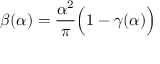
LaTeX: \beta ( \alpha ) = \frac { \alpha ^ { 2 } } { \pi } \Big ( 1 - \gamma ( \alpha ) \Big )